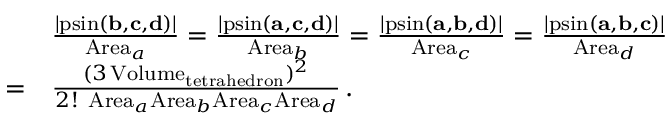
{ \begin{array} { r l } & { { \frac { \left| \operatorname { p s i n } ( \mathbf { b } , \mathbf { c } , \mathbf { d } ) \right| } { \mathrm { A r e a } _ { a } } } = { \frac { \left| \operatorname { p s i n } ( \mathbf { a } , \mathbf { c } , \mathbf { d } ) \right| } { \mathrm { A r e a } _ { b } } } = { \frac { \left| \operatorname { p s i n } ( \mathbf { a } , \mathbf { b } , \mathbf { d } ) \right| } { \mathrm { A r e a } _ { c } } } = { \frac { \left| \operatorname { p s i n } ( \mathbf { a } , \mathbf { b } , \mathbf { c } ) \right| } { \mathrm { A r e a } _ { d } } } } \\ { = } & { { \frac { ( 3 \operatorname { V o l u m e } _ { \mathrm { t e t r a h e d r o n } } ) ^ { 2 } } { 2 ! ~ \mathrm { A r e a } _ { a } \mathrm { A r e a } _ { b } \mathrm { A r e a } _ { c } \mathrm { A r e a } _ { d } } } \, . } \end{array} }